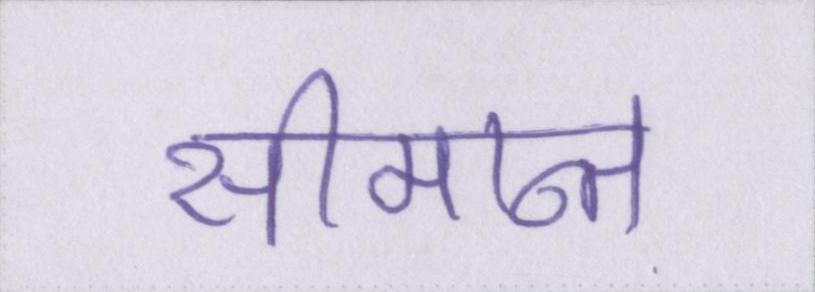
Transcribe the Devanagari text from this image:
सीमान्त